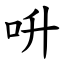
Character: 呏